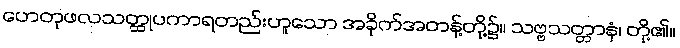
ဟေတုဖလသတ္ထုပကာရတည်းဟူသော အခိုက်အတန့်တို့၌။ သဗ္ဗသတ္တာနံ၊ တို့၏။